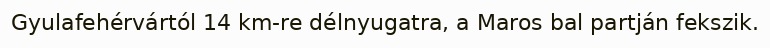
Gyulafehérvártól 14 km-re délnyugatra, a Maros bal partján fekszik.